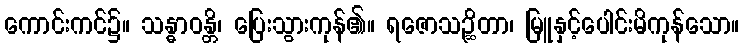
ကောင်းကင်၌။ သန္ဓာဝန္တိ၊ ပြေးသွားကုန်၏။ ရဇောသဉ္ဆိတာ၊ မြူနှင့်ပေါင်းမိကုန်သော။